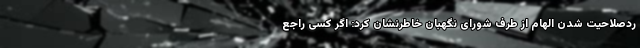
ردصلاحیت شدن الهام از طرف شورای نگهبان خاطرنشان کرد: اگر کسی راجع